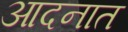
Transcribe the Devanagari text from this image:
आदनात